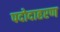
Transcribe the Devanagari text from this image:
पदोदाहरण